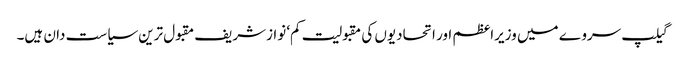
گیلپ سروے میں وزیراعظم اور اتحادیوں کی مقبولیت کم‘ نوازشریف مقبول ترین سیاست دان ہیں۔